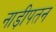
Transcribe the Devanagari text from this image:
नाड़ीपतन